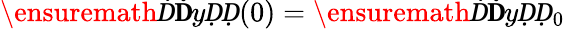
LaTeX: \ensuremath Ḋ\mathbf ḊyḌḌ(0)=\ensuremath Ḋ\mathbf ḊyḌḌ_{0}